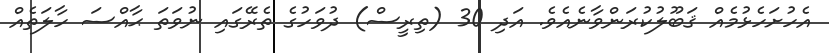
އެހުށަހެޅުމެއް ޤަބޫލުކުރަންވާނެއެވެ. އަދި 30 (ތިރީސް) ދުވަހުގެ ތެރޭގައި ނުވަތަ ޙާއްސަ ހާލަތެއް